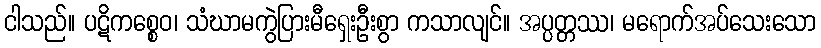
ငါသည်။ ပဋိကစ္စေဝ၊ သံဃာမကွဲပြားမီရှေးဦးစွာ ကသာလျင်။ အပ္ပတ္တဿ၊ မရောက်အပ်သေးသော